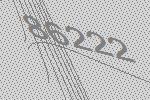
86222